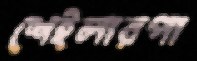
শেইলারপা